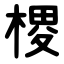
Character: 㮨